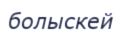
болыскей